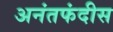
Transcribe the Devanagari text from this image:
अनंतफंदीस